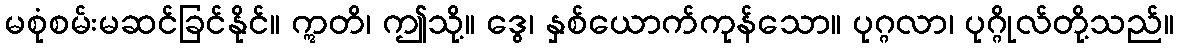
မစုံစမ်းမဆင်ခြင်နိုင်။ ဣတိ၊ ဤသို့။ ဒွေ၊ နှစ်ယောက်ကုန်သော။ ပုဂ္ဂလာ၊ ပုဂ္ဂိုလ်တို့သည်။